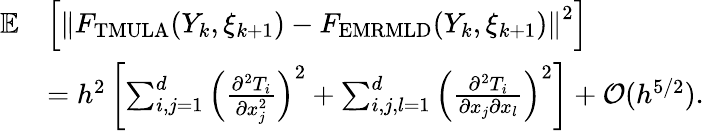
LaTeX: \begin{array}{rl}{\mathbb{E}}&{\left[\left\| F_{\mathrm{TMULA}}(Y_{k},\xi_{k+1})-F_{\mathrm{EMRMLD}}(Y_{k},\xi_{k+1})\right\| ^{2}\right]}\\ &{=h^{2}\left[\sum_{i,j=1}^{d}\left(\frac{\partial^{2}T_{i}}{\partial x_{j}^{2}}\right)^{2}+\sum_{i,j,l=1}^{d}\left(\frac{\partial^{2}T_{i}}{\partial x_{j}\partial x_{l}}\right)^{2}\right]+\mathcal{O}(h^{5/2}).}\end{array}